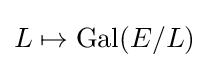
L\mapsto {\text{Gal}}(E/L)